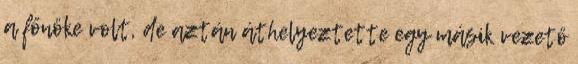
a főnöke volt, de aztán áthelyeztette egy másik vezető